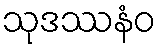
သုဒဿနံဝ